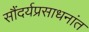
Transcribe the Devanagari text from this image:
सौंदर्यप्रसाधनांत